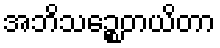
အဘိသဉ္စေတယိတာ